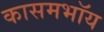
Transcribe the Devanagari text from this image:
कासमभॉय